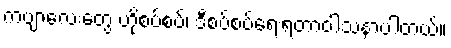
ကဗျာလေးတွေ ဟိုစပ်စပ်၊ ဒီစပ်စပ်ရေးရတာဝါသနာပါတယ်။